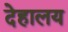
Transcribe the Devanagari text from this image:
देहालय